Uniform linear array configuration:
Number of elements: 64
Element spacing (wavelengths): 1
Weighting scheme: blackman
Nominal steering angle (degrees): -45
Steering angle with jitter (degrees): -45.457
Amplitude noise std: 0.05
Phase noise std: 0.05

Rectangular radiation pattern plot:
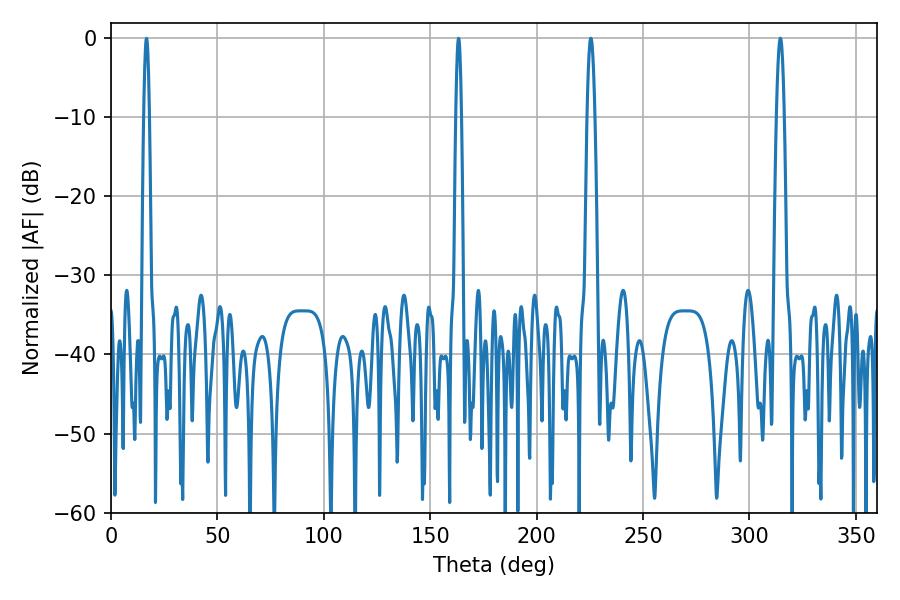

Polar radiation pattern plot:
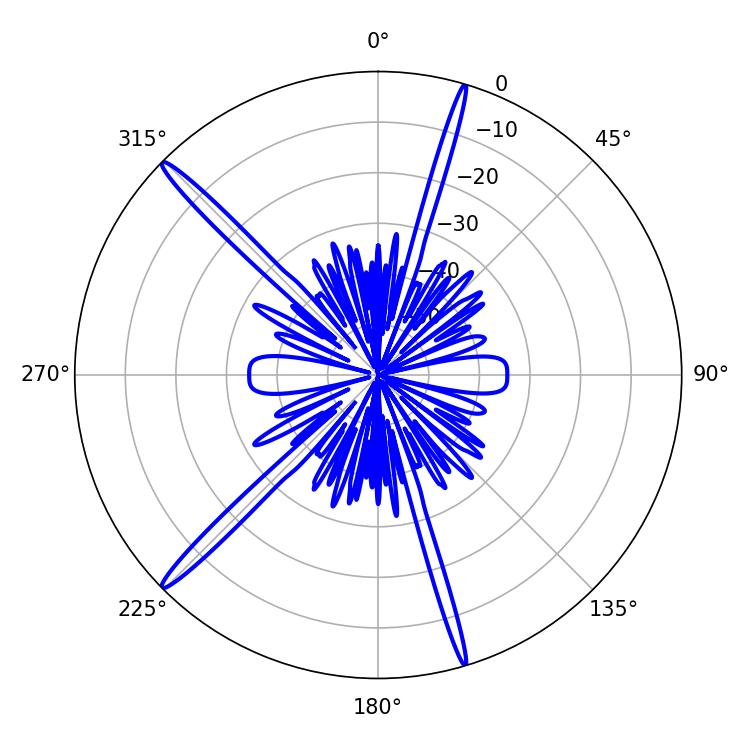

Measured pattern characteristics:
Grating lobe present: TRUE
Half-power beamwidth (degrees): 1.98
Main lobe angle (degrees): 314.46